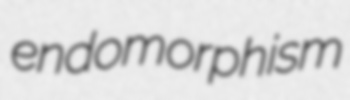
endomorphism